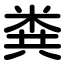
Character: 粪